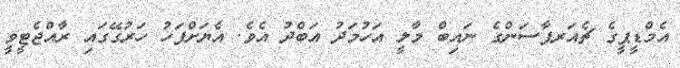
އެމްޑީޕީގެ ޗެއަރޕާސަންގެ ނައިބް މާލީ އަހުމަދު އަބްދު އެވެ. އެޔަށްފަހު ހަރުގޭގައި ރާއްޖެޓީވީ